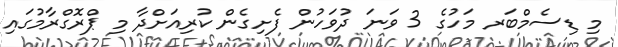
މި ޑިސެމްބަރ މަހުގެ 3 ވަނަ ދުވަހުން ފެށިގެން ކުރިއަށްދާ މި ޕްރޮގްރާމުގައި